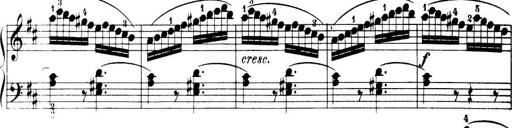
Title: 32 Sonatinas and Rondos for the Piano
Composer: Richard Kleinmichel